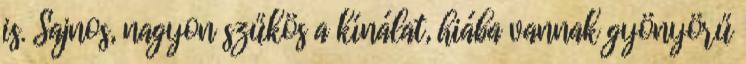
is. Sajnos, nagyon szűkös a kínálat, hiába vannak gyönyörű